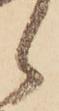
ら